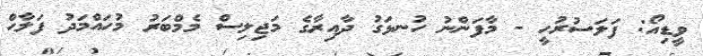
ވީޑިއޯ: ފަލަސުރުހީ - މާފަންނު ހުނޅަގު ދާއިރާގެ މަޖިލިސް މެމްބަރު މުހައްމަދު ފަލާހް